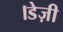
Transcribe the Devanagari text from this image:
।डेज़ी